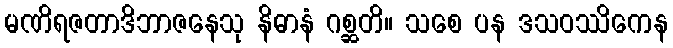
မဏိရဇတာဒိဘာဇနေသု နိဓာနံ ဂစ္ဆတိ။ သစေ ပန ဒသဝဿိကေန